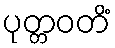
ပုတ္တဝတိံ